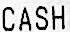
CASH